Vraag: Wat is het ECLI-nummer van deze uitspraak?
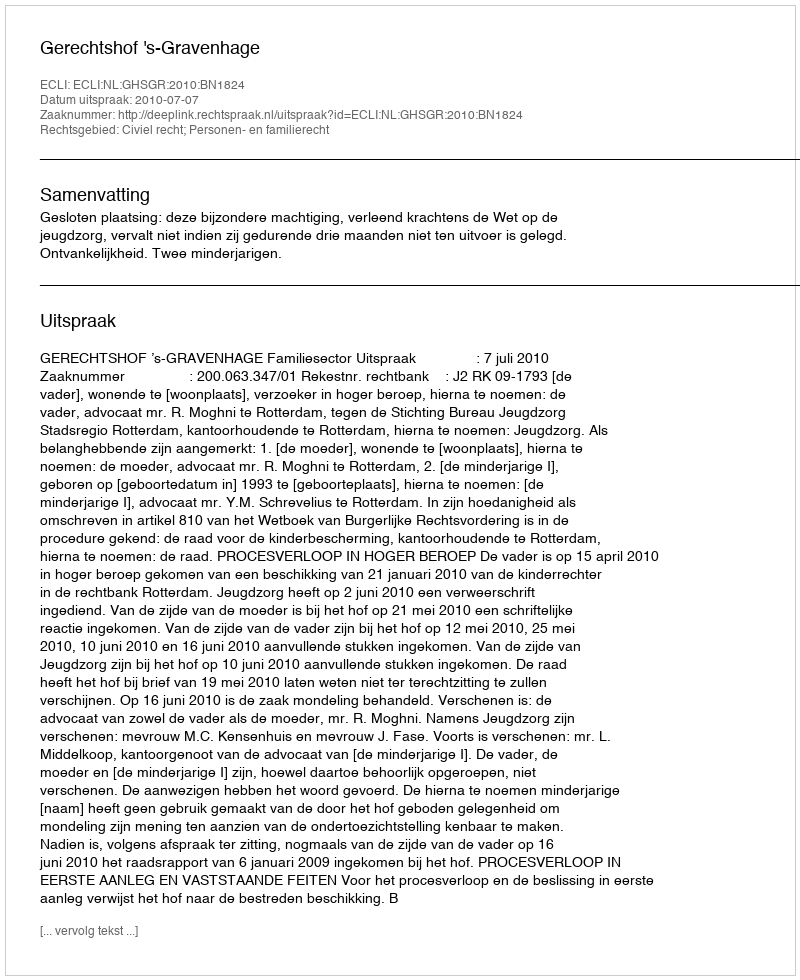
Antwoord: ECLI:NL:GHSGR:2010:BN1824